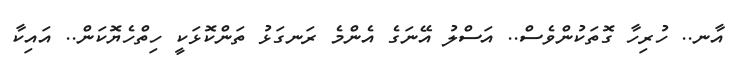
އާނ.. ހުރިހާ ގޮތަކުންވެސް.. އަސްލު އޭނަގެ އެންމެ ރަނގަޅު ތަންކޮޅަކީ ހިތްހެޔޮކަން.. އައިކާ